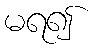
မရ၍